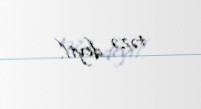
təzə deyil.